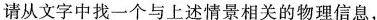
请从文字中找一个与上述情景相关的物理信息.